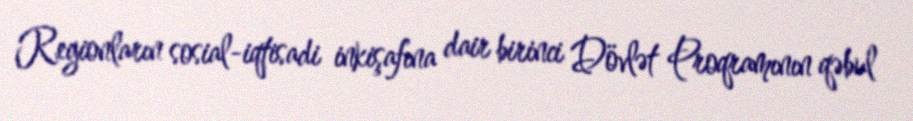
Regionların sosial-iqtisadi inkişafına dair birinci Dövlət Proqramının qəbul